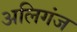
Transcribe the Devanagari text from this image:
अलिगंज